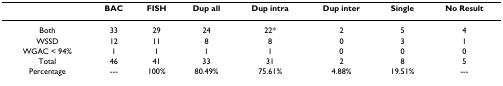
|  | BAC | FISH | Dup all | Dup intra | Dup inter | Single | No Result |
 | --- | --- | --- | --- | --- | --- | --- | --- |
 | Both | 33 | 29 | 24 | 22* | 2 | 5 | 4 |
 | WSSD | 12 | 11 | 8 | 8 | 0 | 3 | 1 |
 | WGAC < 94% | 1 | 1 | 1 | 1 | 0 | 0 | 0 |
 | Total | 46 | 41 | 33 | 31 | 2 | 8 | 5 |
 | Percentage | --- | 100% | 80.49% | 75.61% | 4.88% | 19.51% | --- |